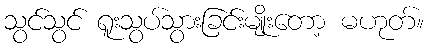
သွင်သွင် ရူးသွပ်သွားခြင်းမျိုးတော့ မဟုတ်။